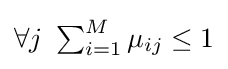
{\textstyle \forall j~\sum _{i=1}^{M}\mu _{ij}\leq 1}